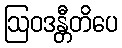
ဩဝဒန္တီတိပေ